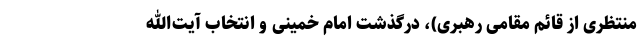
منتظری از قائم مقامی رهبری)، درگذشت امام خمینی و انتخاب آیت‌الله